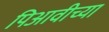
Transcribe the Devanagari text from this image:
पिआवीच्या